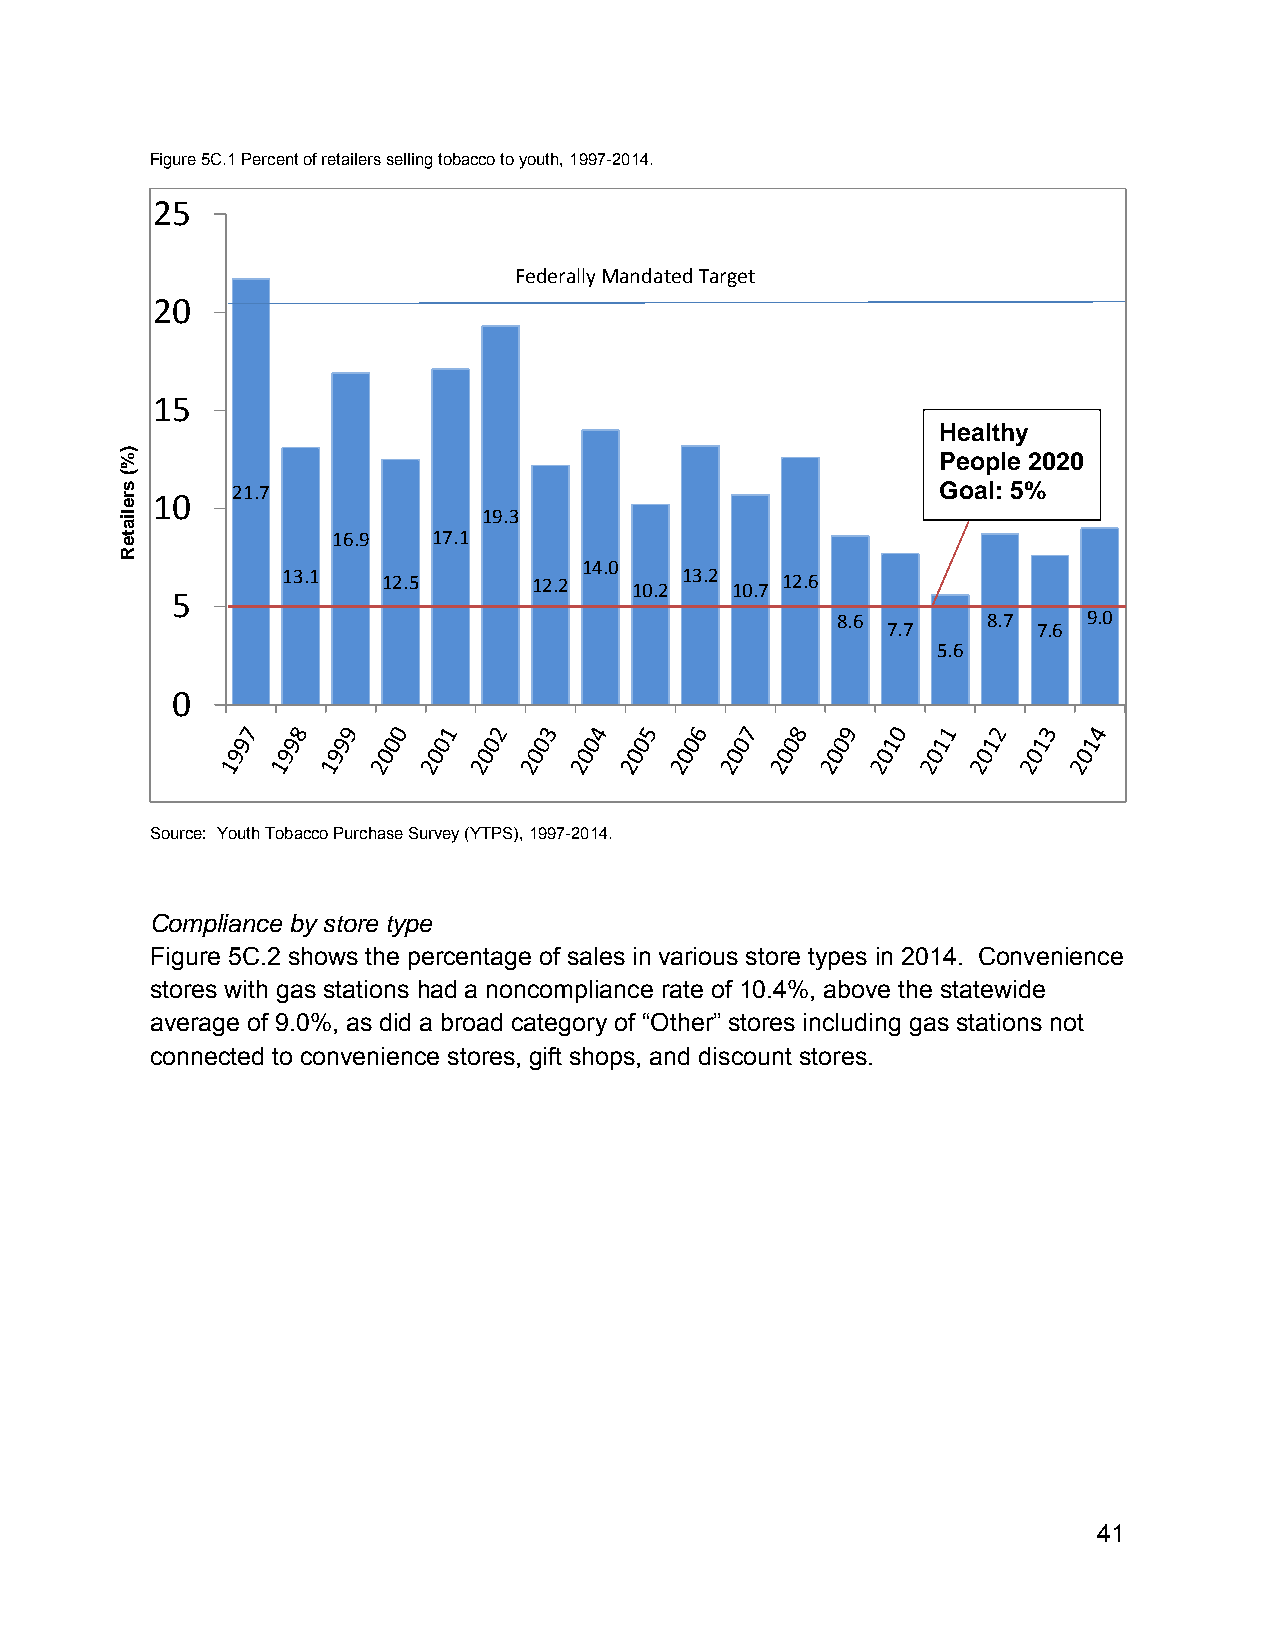
Figure 5C.1 Percent of retailers selling tobacco to youth, 1997-2014.
 25
 Federally Mandated Target
 20
 15
 Healthy
 People 2020
 21.7                                           Goal: 5%
 10
 19.3
 16.9   17.1
 14.0
 13.1  12.5      12.2   10.2 13.2 10.7 12.6
 5
 8.6       8.7    9.0
 7.7       7.6
 5.6
 0
 Source: Youth Tobacco Purchase Survey (YTPS), 1997-2014.
 Compliance by store type
 Figure 5C.2 shows the percentage of sales in various store types in 2014. Convenience
 stores with gas stations had a noncompliance rate of 10.4%, above the statewide
 average of 9.0%, as did a broad category of “Other” stores including gas stations not
 connected to convenience stores, gift shops, and discount stores.
 41
 ))%%((
 ssrreelliiaatteeRR